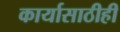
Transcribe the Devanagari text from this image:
कार्यासाठीही